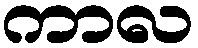
ကာလ